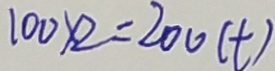
1 0 0 \times 2 = 2 0 0 ( t )